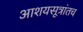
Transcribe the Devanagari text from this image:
आशयसूत्रांतच